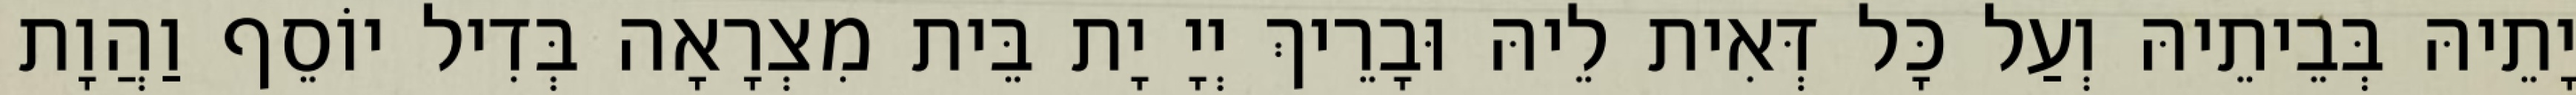
יָתֵיהּ בְּבֵיתֵיהּ וְעַל כָּל דְּאִית לֵיהּ וּבָרֵיךְ יְיָ יָת בֵּית מִצְרָאָה בְּדִיל יוֹסֵף וַהֲוָת